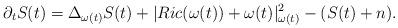
LaTeX: \begin{align*}\partial_tS(t)=\Delta_{\omega(t)}S(t)+|Ric(\omega(t))+\omega(t)|^2_{\omega(t)}-(S(t)+n).\end{align*}